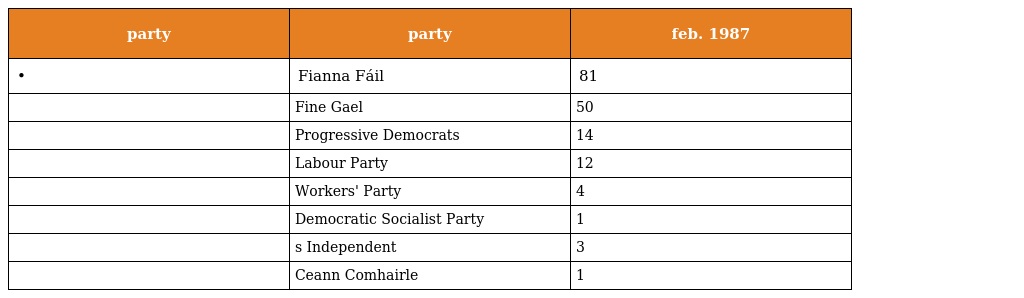
| party | party | feb. 1987 |
 | --- | --- | --- |
 | • | Fianna Fáil | 81 |
 |  | Fine Gael | 50 |
 |  | Progressive Democrats | 14 |
 |  | Labour Party | 12 |
 |  | Workers' Party | 4 |
 |  | Democratic Socialist Party | 1 |
 |  | s Independent | 3 |
 |  | Ceann Comhairle | 1 |